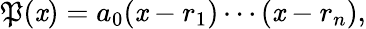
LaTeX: \mathfrak{P}(\mathit{x})=a_{0}(\mathit{x}-r_{1})\cdots(\mathit{x}-r_{n}),